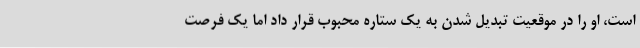
است، او را در موقعیت تبدیل شدن به یک ستاره محبوب قرار داد اما یک فرصت